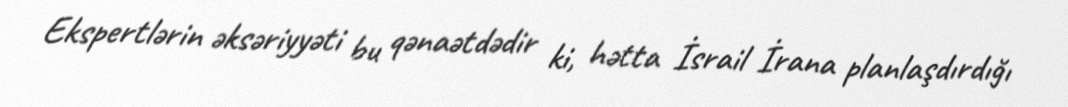
Ekspertlərin əksəriyyəti bu qənaətdədir ki, hətta İsrail İrana planlaşdırdığı